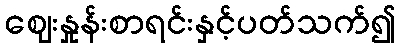
ဈေးနှုန်းစာရင်းနှင့်ပတ်သက်၍